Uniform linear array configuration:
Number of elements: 48
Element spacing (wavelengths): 0.5
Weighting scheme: exponential
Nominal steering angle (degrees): -15
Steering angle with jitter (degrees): -16.812
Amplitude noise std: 0.05
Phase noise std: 0.05

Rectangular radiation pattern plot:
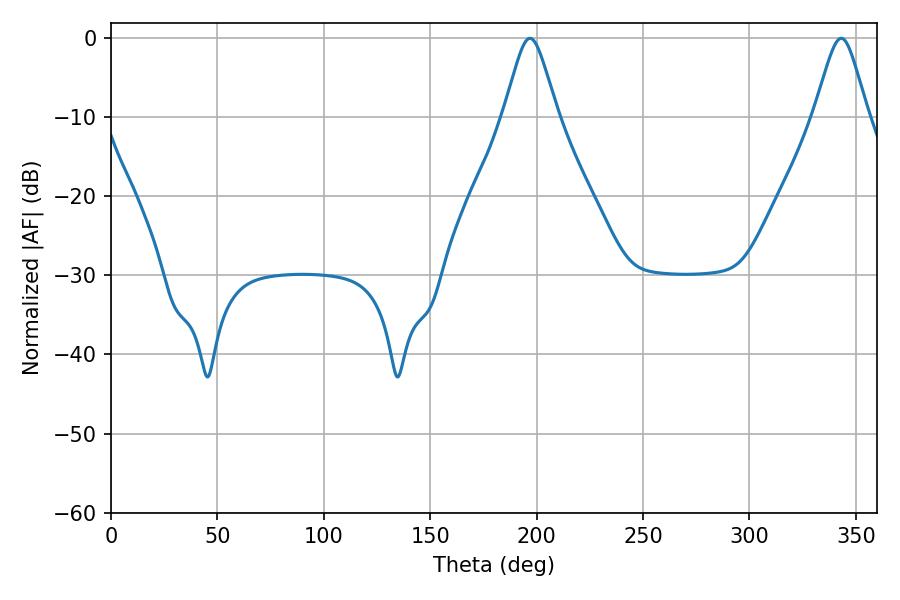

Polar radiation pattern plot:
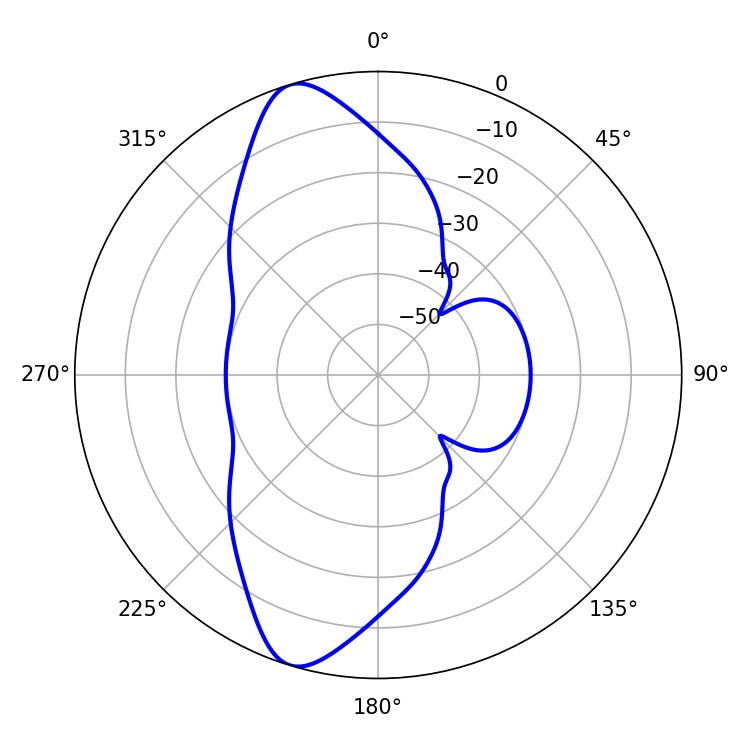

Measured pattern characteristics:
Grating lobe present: FALSE
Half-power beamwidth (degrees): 12.06
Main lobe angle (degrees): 196.92